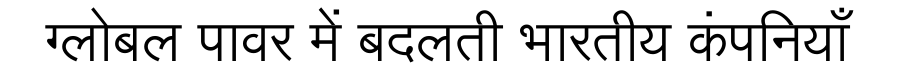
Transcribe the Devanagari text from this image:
ग्लोबल पावर में बदलती भारतीय कंपनियाँ